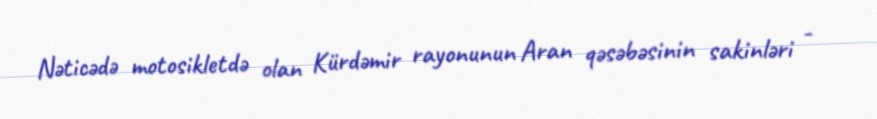
Nəticədə motosikletdə olan Kürdəmir rayonunun Aran qəsəbəsinin sakinləri -